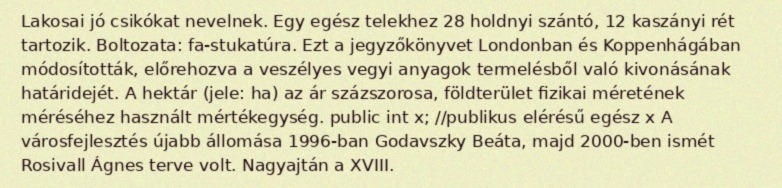
Lakosai jó csikókat nevelnek. Egy egész telekhez 28 holdnyi szántó, 12 kaszányi rét tartozik. Boltozata: fa-stukatúra. Ezt a jegyzőkönyvet Londonban és Koppenhágában módosították, előrehozva a veszélyes vegyi anyagok termelésből való kivonásának határidejét. A hektár (jele: ha) az ár százszorosa, földterület fizikai méretének méréséhez használt mértékegység. public int x; //publikus elérésű egész x A városfejlesztés újabb állomása 1996-ban Godavszky Beáta, majd 2000-ben ismét Rosivall Ágnes terve volt. Nagyajtán a XVIII.